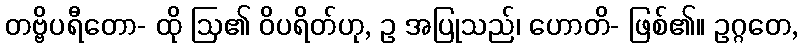
တဗ္ဗိပရီတော- ထို ဩ၏ ဝိပရိတ်ဟု, ဥ အပြုသည်၊ ဟောတိ- ဖြစ်၏။ ဥဂ္ဂတေ,